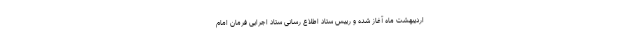
اردیبهشت ماه آغاز شده و رییس ستاد اطلاع رسانی ستاد اجرایی فرمان امام